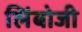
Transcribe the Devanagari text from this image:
लिंबोजी